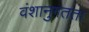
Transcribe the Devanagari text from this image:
वंशानुगतता